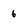
Character: 6